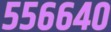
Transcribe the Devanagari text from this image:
५५६६४०